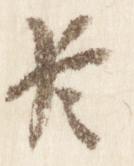
臣